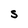
Character: S